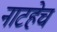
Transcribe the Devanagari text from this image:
नाटहेच